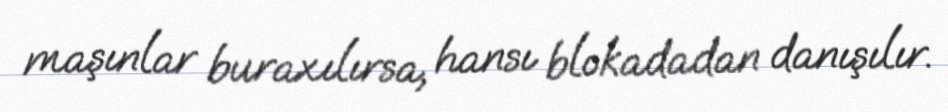
maşınlar buraxılırsa, hansı blokadadan danışılır.